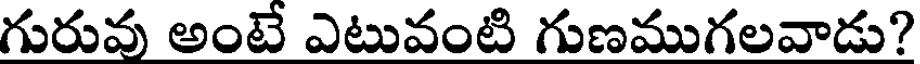
గురువు అంటే ఎటువంటి గుణముగలవాడు?